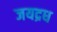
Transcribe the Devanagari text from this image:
जयद्रध